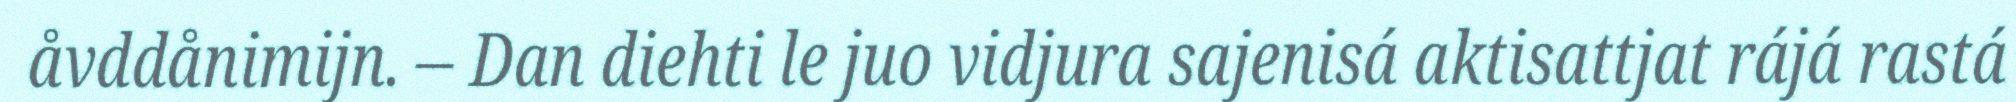
åvddånimijn. – Dan diehti le juo vidjura sajenisá aktisattjat rájá rastá